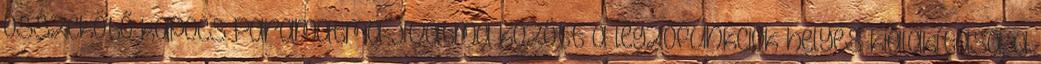
összekötő kapocs Paramatma-jívatma között a légzőfunkciók helyes kialakítása, a